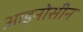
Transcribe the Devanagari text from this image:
आइनोसीन